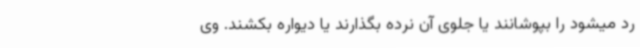
رد میشود را بپوشانند یا جلوی آن نرده بگذارند یا دیواره بکشند. وی